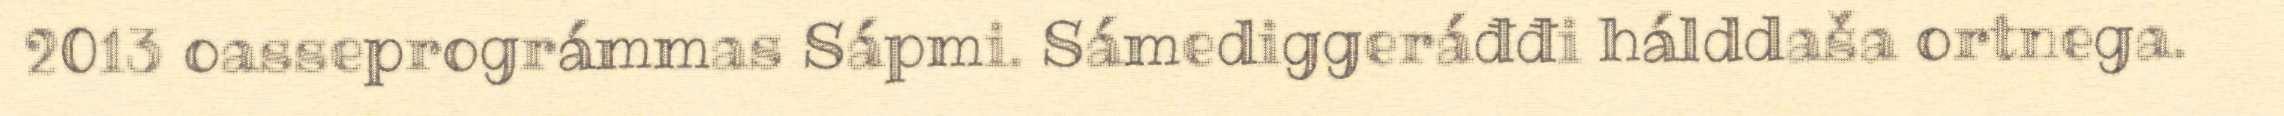
2013 oasseprográmmas Sápmi. Sámediggeráđđi hálddaša ortnega.